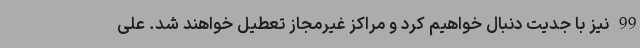
99 نیز با جدیت دنبال خواهیم کرد و مراکز غیرمجاز تعطیل خواهند شد. علی